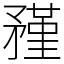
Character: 𥎊